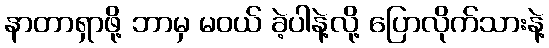
နာတာရှာဖို့ ဘာမှ မဝယ် ခဲ့ပါနဲ့လို့ ပြောလိုက်သားနဲ့